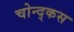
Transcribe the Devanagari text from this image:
चोन्द्कस